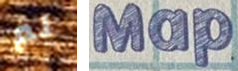
لم Map